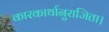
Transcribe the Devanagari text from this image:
कारकार्थानुराजिता।